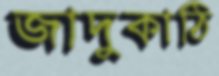
জাদুকাঠি